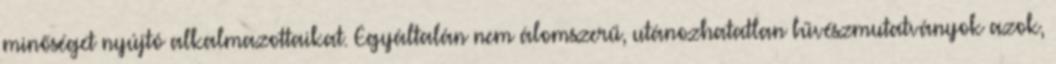
minőséget nyújtó alkalmazottaikat. Egyáltalán nem álomszerű, utánozhatatlan bűvészmutatványok azok,